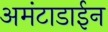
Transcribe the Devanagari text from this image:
अमंटाडाईन